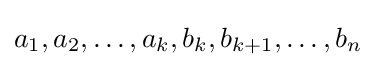
a_{1},a_{2},\dots ,a_{k},b_{k},b_{k+1},\dots ,b_{n}